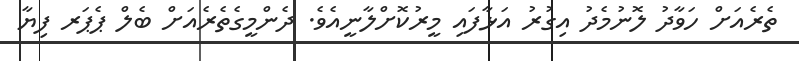
ތެރެއަށް ހަވާދު ލޮނުމެދު އިގުރު އަޅާފައި މީރުކޮށްލާނީއެވެ. ދެންމީގެތެރެއަށް ބެލް ޕެޕަރ ފިޔާ